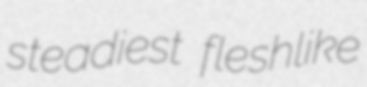
steadiest fleshlike